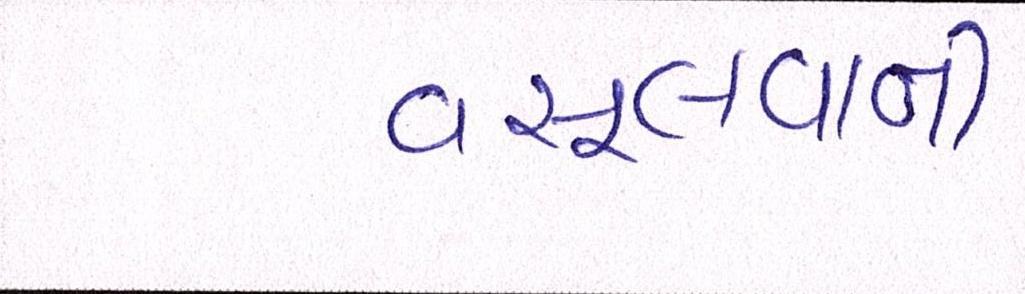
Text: વસૂલવાની